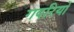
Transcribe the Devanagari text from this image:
गदरियों